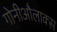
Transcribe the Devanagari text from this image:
गोनीऔलाक्स